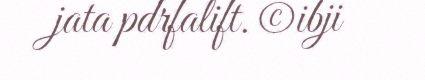
jata pdrfalift. ©ibji